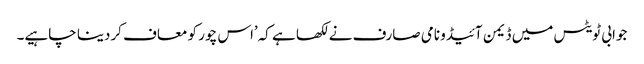
جوابی ٹویٹس میں ڈیمن آئیڈو نامی صارف نے لکھا ہے کہ’اس چور کو معاف کردینا چاہیے۔